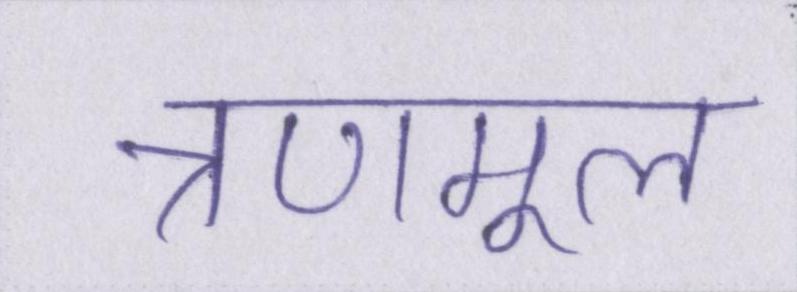
त्रणमूल